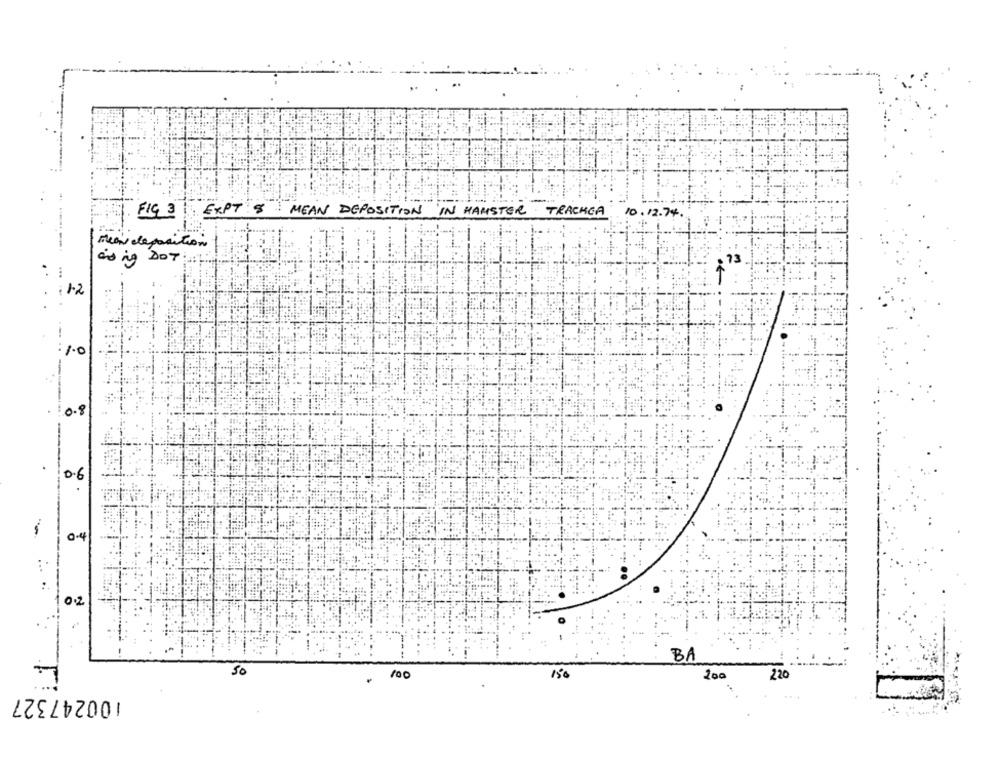
FIG 3
EXPT 8 MEAN DEPOSITION IN HAMSTER TRACHEA
10.12.74.
Meon deposition
asing DOT:
1.2
: 1.0
.
0.8
0.6
0.4
BA
50
100
150
200
220
100247327